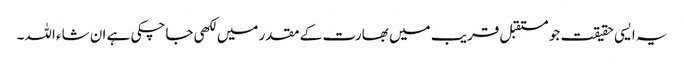
یہ ایسی حقیقت جو مستقبل قریب میں بھارت کے مقدر میں لکھی جاچکی ہے ان شاء اللہ۔